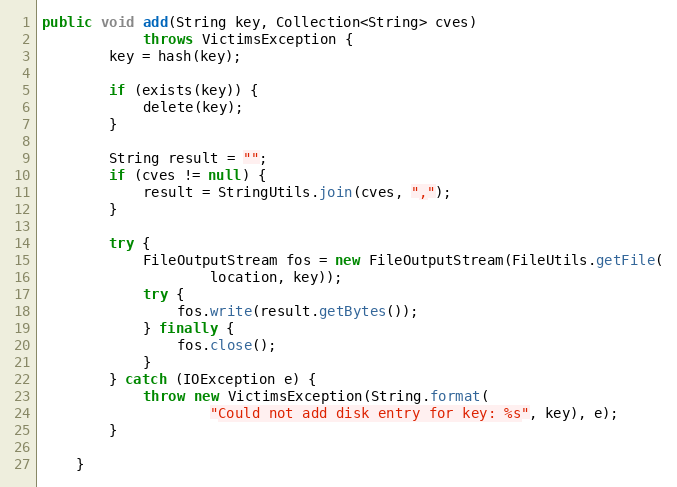
Language: Java
public void add(String key, Collection<String> cves)
            throws VictimsException {
        key = hash(key);

        if (exists(key)) {
            delete(key);
        }

        String result = "";
        if (cves != null) {
            result = StringUtils.join(cves, ",");
        }

        try {
            FileOutputStream fos = new FileOutputStream(FileUtils.getFile(
                    location, key));
            try {
                fos.write(result.getBytes());
            } finally {
                fos.close();
            }
        } catch (IOException e) {
            throw new VictimsException(String.format(
                    "Could not add disk entry for key: %s", key), e);
        }

    }